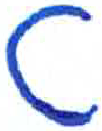
אות: ט